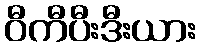
ဝီကီပီးဒီးယား